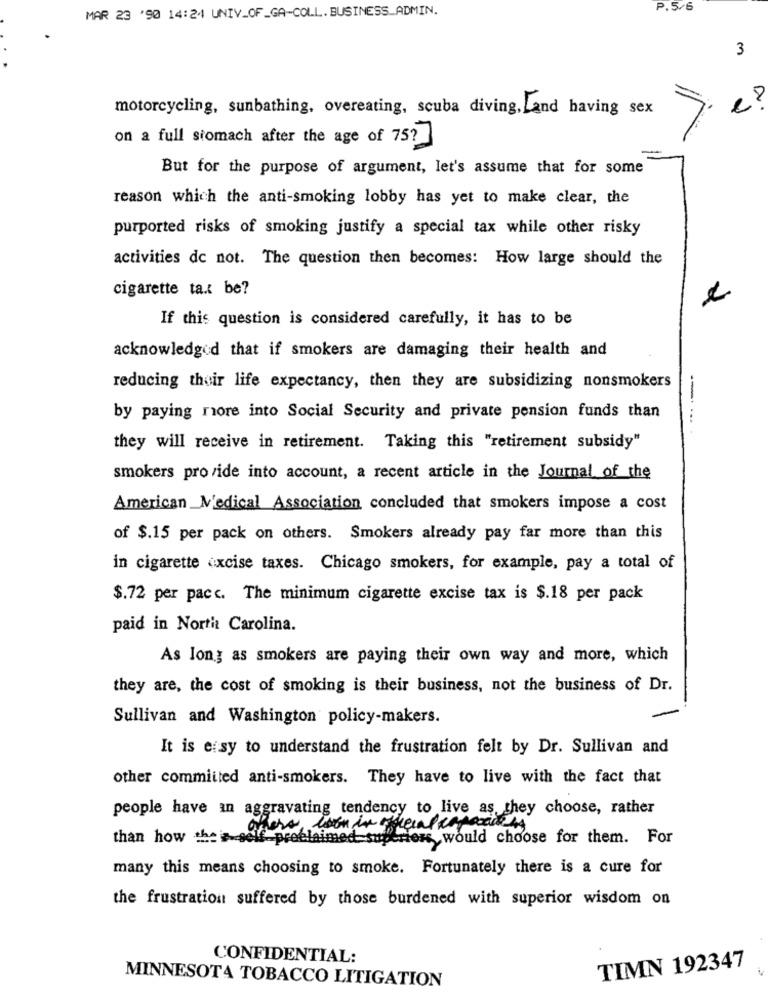
MAR 23 '90 14:24 UNIV_OF_GA-COLL. BUSINESS_ADMIN.
P.5/6
3
motorcycling, sunbathing, overeating, scuba diving, Land having sex
e ?
on a full stomach after the age of 75?
But for the purpose of argument, let's assume that for some
reason which the anti-smoking lobby has yet to make clear, the
purported risks of smoking justify a special tax while other risky
activities de not. The question then becomes: How large should the
cigarette ta.l be?
If this question is considered carefully, it has to be
acknowledged that if smokers are damaging their health and
reducing their life expectancy, then they are subsidizing nonsmokers
--
by paying rore into Social Security and private pension funds than
....
they will receive in retirement. Taking this "retirement subsidy"
smokers provide into account, a recent article in the Journal of the
American Medical Association concluded that smokers impose a cost
of $.15 per pack on others. Smokers already pay far more than this
in cigarette excise taxes. Chicago smokers, for example, pay a total of
$.72 per pacc. The minimum cigarette excise tax is $.18 per pack
paid in North Carolina.
As long as smokers are paying their own way and more, which
they are, the cost of smoking is their business, not the business of Dr.
Sullivan and Washington policy-makers.
It is ersy to understand the frustration felt by Dr. Sullivan and
other committed anti-smokers. They have to live with the fact that
people have an aggravating tendency to live as they choose, rather
others loon in freelanpaxich
than how the a self proclaimed superiors would choose for them. For
many this means choosing to smoke. Fortunately there is a cure for
the frustration suffered by those burdened with superior wisdom on
CONFIDENTIAL:
TIMN 192347
MINNESOTA TOBACCO LITIGATION